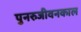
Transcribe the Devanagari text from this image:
पुनरुजीवनकाल